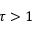
\tau > 1